Report of the Indian Hemp Drugs Commission, 1894-1895 - Volume VIII
Year: 1894
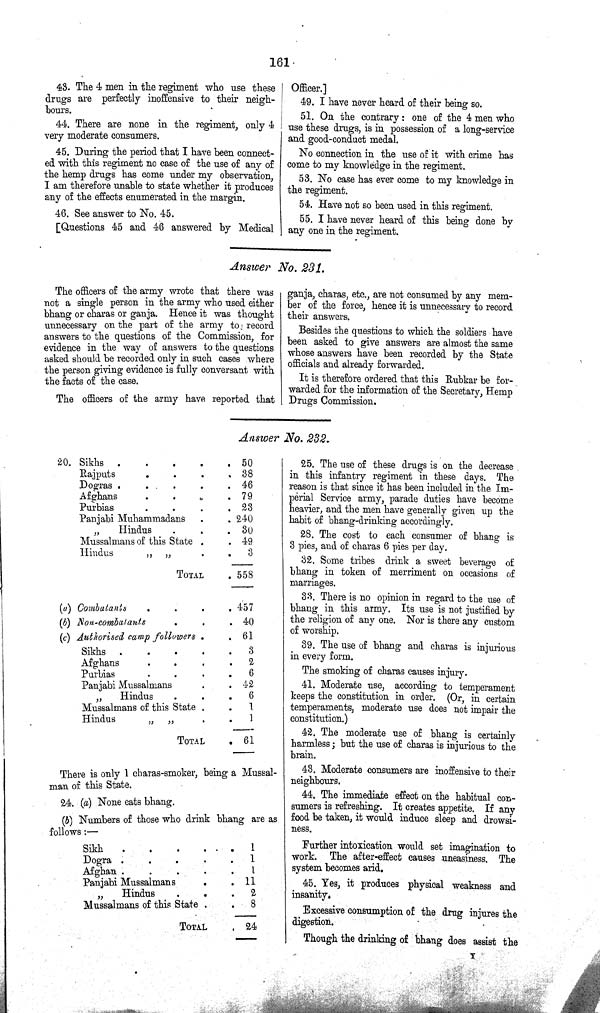
161
43. The 4 men in the regiment who use these
drugs are perfectly inoffensive to their neigh¬
bours.
44. There are none in the regiment, only 4
very moderate consumers.
45. During the period that I have been connect¬
ed with this regiment no case of the use of any of
the hemp drugs has come under my observation,
I am therefore unable to state whether it produces
any of the effects enumerated in the margin.
46. See answer to No. 45.
[Questions 45 and 46 answered by Medical
Officer.]
49. I have never heard of their being so.
51. On the contrary: one of the 4 men who
use these drugs, is in possession of a long-service
and good-conduct medal.
No connection in the use of it with crime has
come to my knowledge in the regiment.
53. No case has ever come to my knowledge in
the regiment.
54. Have not so been used in this regiment.
55. I have never heard of this being done by
any one in the regiment.
Answer No. 231.
The officers of the army wrote that there was
not a single person in the army who used either
bhang or charas or ganja. Hence it was thought
unnecessary on the part of the army to record
answers to the questions of the Commission, for
evidence in the way of answers to the questions
asked should be recorded only in such cases where
the person giving evidence is fully conversant with
the facts of the case.
The officers of the army have reported that
ganja, charas, etc., are not consumed by any mem¬
ber of the force, hence it is unnecessary to record
their answers.
Besides the questions to which the soldiers have
been asked to give answers are almost the same
whose answers have been recorded by the State
officials and already forwarded.
It is therefore ordered that this Rubkar be for¬
warded for the information of the Secretary, Hemp
Drugs Commission.
Answer No. 232.
20. Sikhs
50
Rajputs
38
Dogras
46
Afghans
79
Purbias
23
Panjabi Muhammadans
240
" Hindus
30
Mussalmans of this State
49
Hindus
"
"
3
TOTAL
558
(a) Combatants
457
(b) Non-combatants
40
(c) Authorised camp followers
61
Sikhs
3
Afghans
2
Purbias
6
Panjabi Mussalmans
42
" Hindus
6
Mussalmans of this
State
1
Hindus
"
"
1
TOTAL
61
There is only 1 charas-smoker, being a Mussal-
man of this State.
24. (a) None eats bhang.
(3b) Numbers of those who drink bhang are as
follows:—
Sikh
1
Dogra
1
Afghan
1
Panjabi Mussalmans
11
"
Hindus
2
Mussalmans of this State
8
TOTAL
24
25. The use of these drugs is on the decrease
in this infantry regiment in these days. The
reason is that since it has been included in the Im¬
perial Service army, parade duties have become
heavier, and the men have generally given up the
habit of bhang-drinking accordingly.
28. The cost to each consumer of bhang is
3 pies, and of charas 6 pies per day.
32. Some tribes drink a sweet beverage of
bhang in token of merriment on occasions of
marriages.
33. There is no opinion in regard to the use of
bhang in this army. Its use is not justified by
the religion of any one. Nor is there any custom
of worship.
39. The use of bhang and charas is injurious
in every form.
The smoking of charas causes injury.
41. Moderate use, according to temperament
keeps the constitution in order. (Or, in certain
temperaments, moderate use does not impair the
constitution.)
42. The moderate use of bhang is certainly
harmless; but the use of charas is injurious to the
brain.
43. Moderate consumers are inoffensive to their
neighbours.
44. The immediate effect on the habitual con¬
sumers is refreshing. It creates appetite. If any
food be taken, it would induce sleep and drowsi¬
ness.
Further intoxication would set imagination to
work. The after-effect causes uneasiness. The
system becomes arid.
45. Yes, it produces physical weakness and
insanity.
Excessive consumption of the drug injures the
digestion.
Though the drinking of bhang does assist the
Y